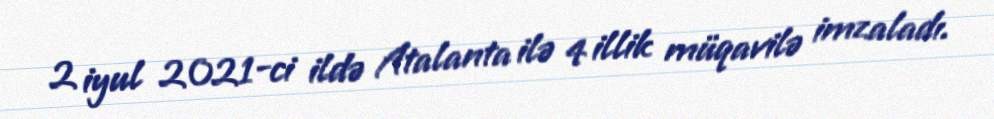
2 iyul 2021-ci ildə Atalanta ilə 4 illik müqavilə imzaladı.